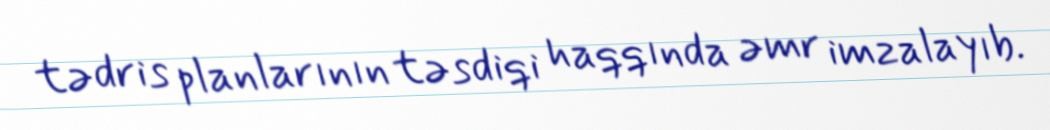
tədris planlarının təsdiqi haqqında əmr imzalayıb.